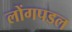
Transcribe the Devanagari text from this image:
लोंगपडल